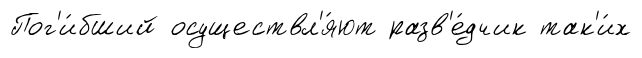
Пог'и́бший осуществл'я́ют разв'е́дчик так'и́х